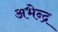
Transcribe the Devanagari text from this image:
अभेन्द्र